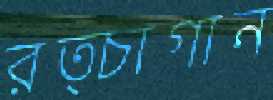
রত্চাগান